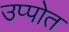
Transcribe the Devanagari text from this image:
उप्पोत